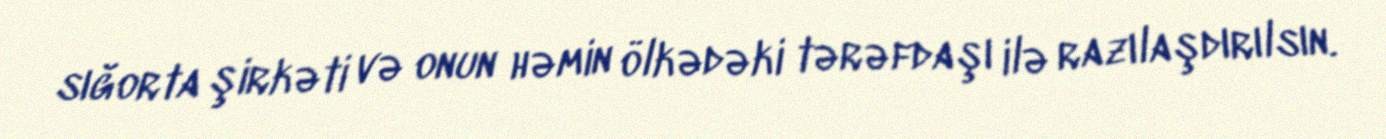
sığorta şirkəti və onun həmin ölkədəki tərəfdaşı ilə razılaşdırılsın.